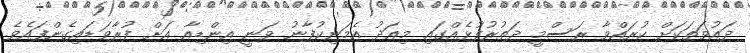
ދައުވަތަކަށް ކުރައްވާ ރަސްމީ ދަތުރުފުޅެއްގައި މިއަދު އެމަނިކުފާނު ވަނީ އިންޑިއާ އަށް ފުރާވަޑައިގެންފައެވެ.